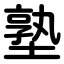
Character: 塾